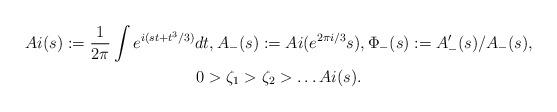
LaTeX: \begin{align*} \begin{gathered} Ai(s):=\frac{1}{2\pi}\int e^{i(st+t^3/3)}dt,A_-(s):=Ai(e^{2\pi i/3}s),\Phi_-(s):=A_-'(s)/A_-(s),\\0>\zeta_1>\zeta_2>\dots Ai(s).\end{gathered}\end{align*}